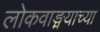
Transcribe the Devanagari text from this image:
लोकवाङ्मयाच्या